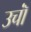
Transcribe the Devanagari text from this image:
उचॉं